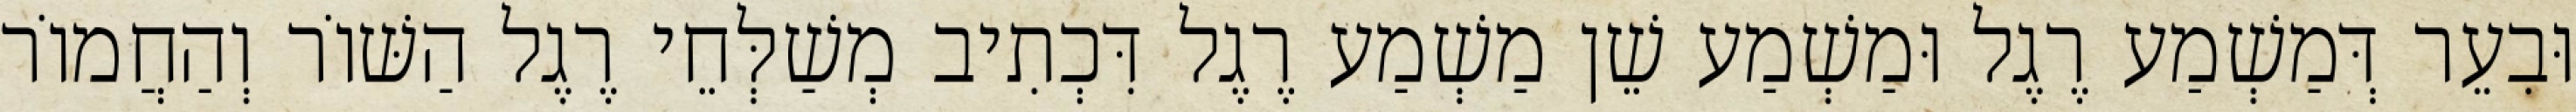
וּבִעֵר דְּמַשְׁמַע רֶגֶל וּמַשְׁמַע שֵׁן מַשְׁמַע רֶגֶל דִּכְתִיב מְשַׁלְּחֵי רֶגֶל הַשּׁוֹר וְהַחֲמוֹר